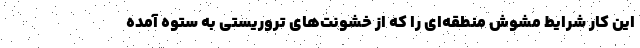
این کار شرایط مشوش منطقه‌ای را که از خشونت‌های تروریستی به ستوه آمده